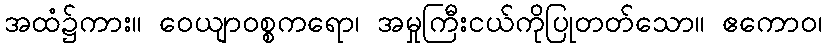
အထံ၌ကား။ ဝေယျာဝစ္စကရော၊ အမှုကြီးငယ်ကိုပြုတတ်သော။ ဧကောဝ၊